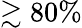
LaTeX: \gtrsim 80\%